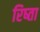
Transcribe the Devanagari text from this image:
रिष्ता